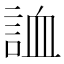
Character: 𧧓